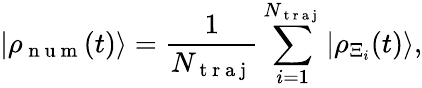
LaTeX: |\rho_{\mathrm{~n~u~m~}}(t)\rangle=\frac{1}{N_{\mathrm{~t~r~a~j~}}}\sum_{i=1}^{N_{\mathrm{~t~r~a~j~}}}|\rho_{\Xi_{i}}(t)\rangle,